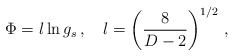
\begin{align*}\Phi=l \ln g_s\, ,\quad l=\left(\frac{8}{D-2}\right)^{1/2}\, ,\end{align*}